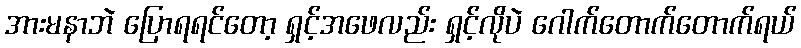
အားမနာဘဲ ပြောရရင်တော့ ရှင့်အဖေလည်း ရှင့်လိုပဲ ဂေါက်တောက်တောက်ရယ်